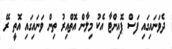
ދެވަނައިގައި ފަސް ޕޮއިންޓާ އެކު މިލާން އޮތްއިރު ތިން ވަނައިގައި އޮތީ ރޭ